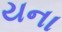
યના